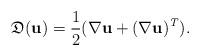
LaTeX: \begin{align*}\displaystyle \mathfrak{D}(\mathbf{u})=\frac{1}{2}(\nabla \mathbf{u}+(\nabla \mathbf{u})^{\it T}).\end{align*}